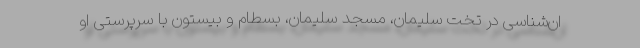
ان‌شناسی در تخت سلیمان، مسجد سلیمان، بسطام و بیستون با سرپرستی او